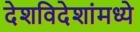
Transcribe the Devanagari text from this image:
देशविदेशांमध्ये